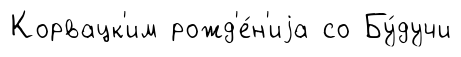
Корвацк'им рожд'е́н'иjа со Бу́дучи